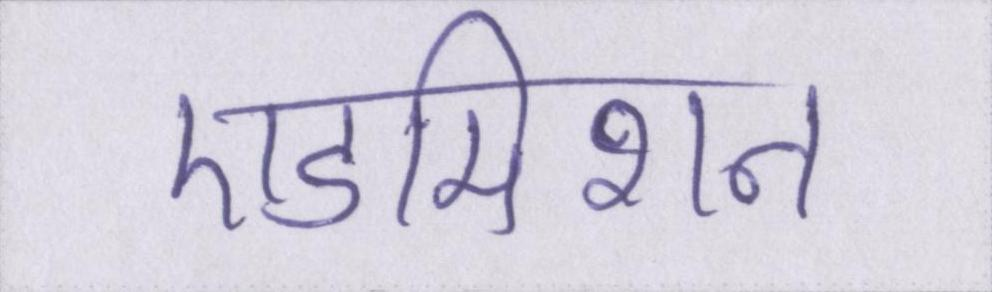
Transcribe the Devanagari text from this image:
एडमिशन